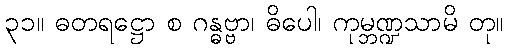
၃၁။ ဓတရဋ္ဌော စ ဂန္ဓဗ္ဗာ၊ ဓိပေါ၊ ကုမ္ဘဏ္ဍသာမိ တု။